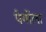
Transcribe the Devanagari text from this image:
पेर्गोला